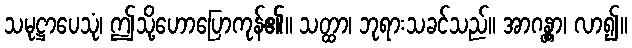
သမုဋ္ဌာပေသုံ၊ ဤသို့ဟောပြောကုန်၏။ သတ္ထာ၊ ဘုရားသခင်သည်။ အာဂန္တွာ၊ လာ၍။